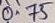
Text: 0.75